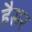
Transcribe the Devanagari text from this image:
हैसर